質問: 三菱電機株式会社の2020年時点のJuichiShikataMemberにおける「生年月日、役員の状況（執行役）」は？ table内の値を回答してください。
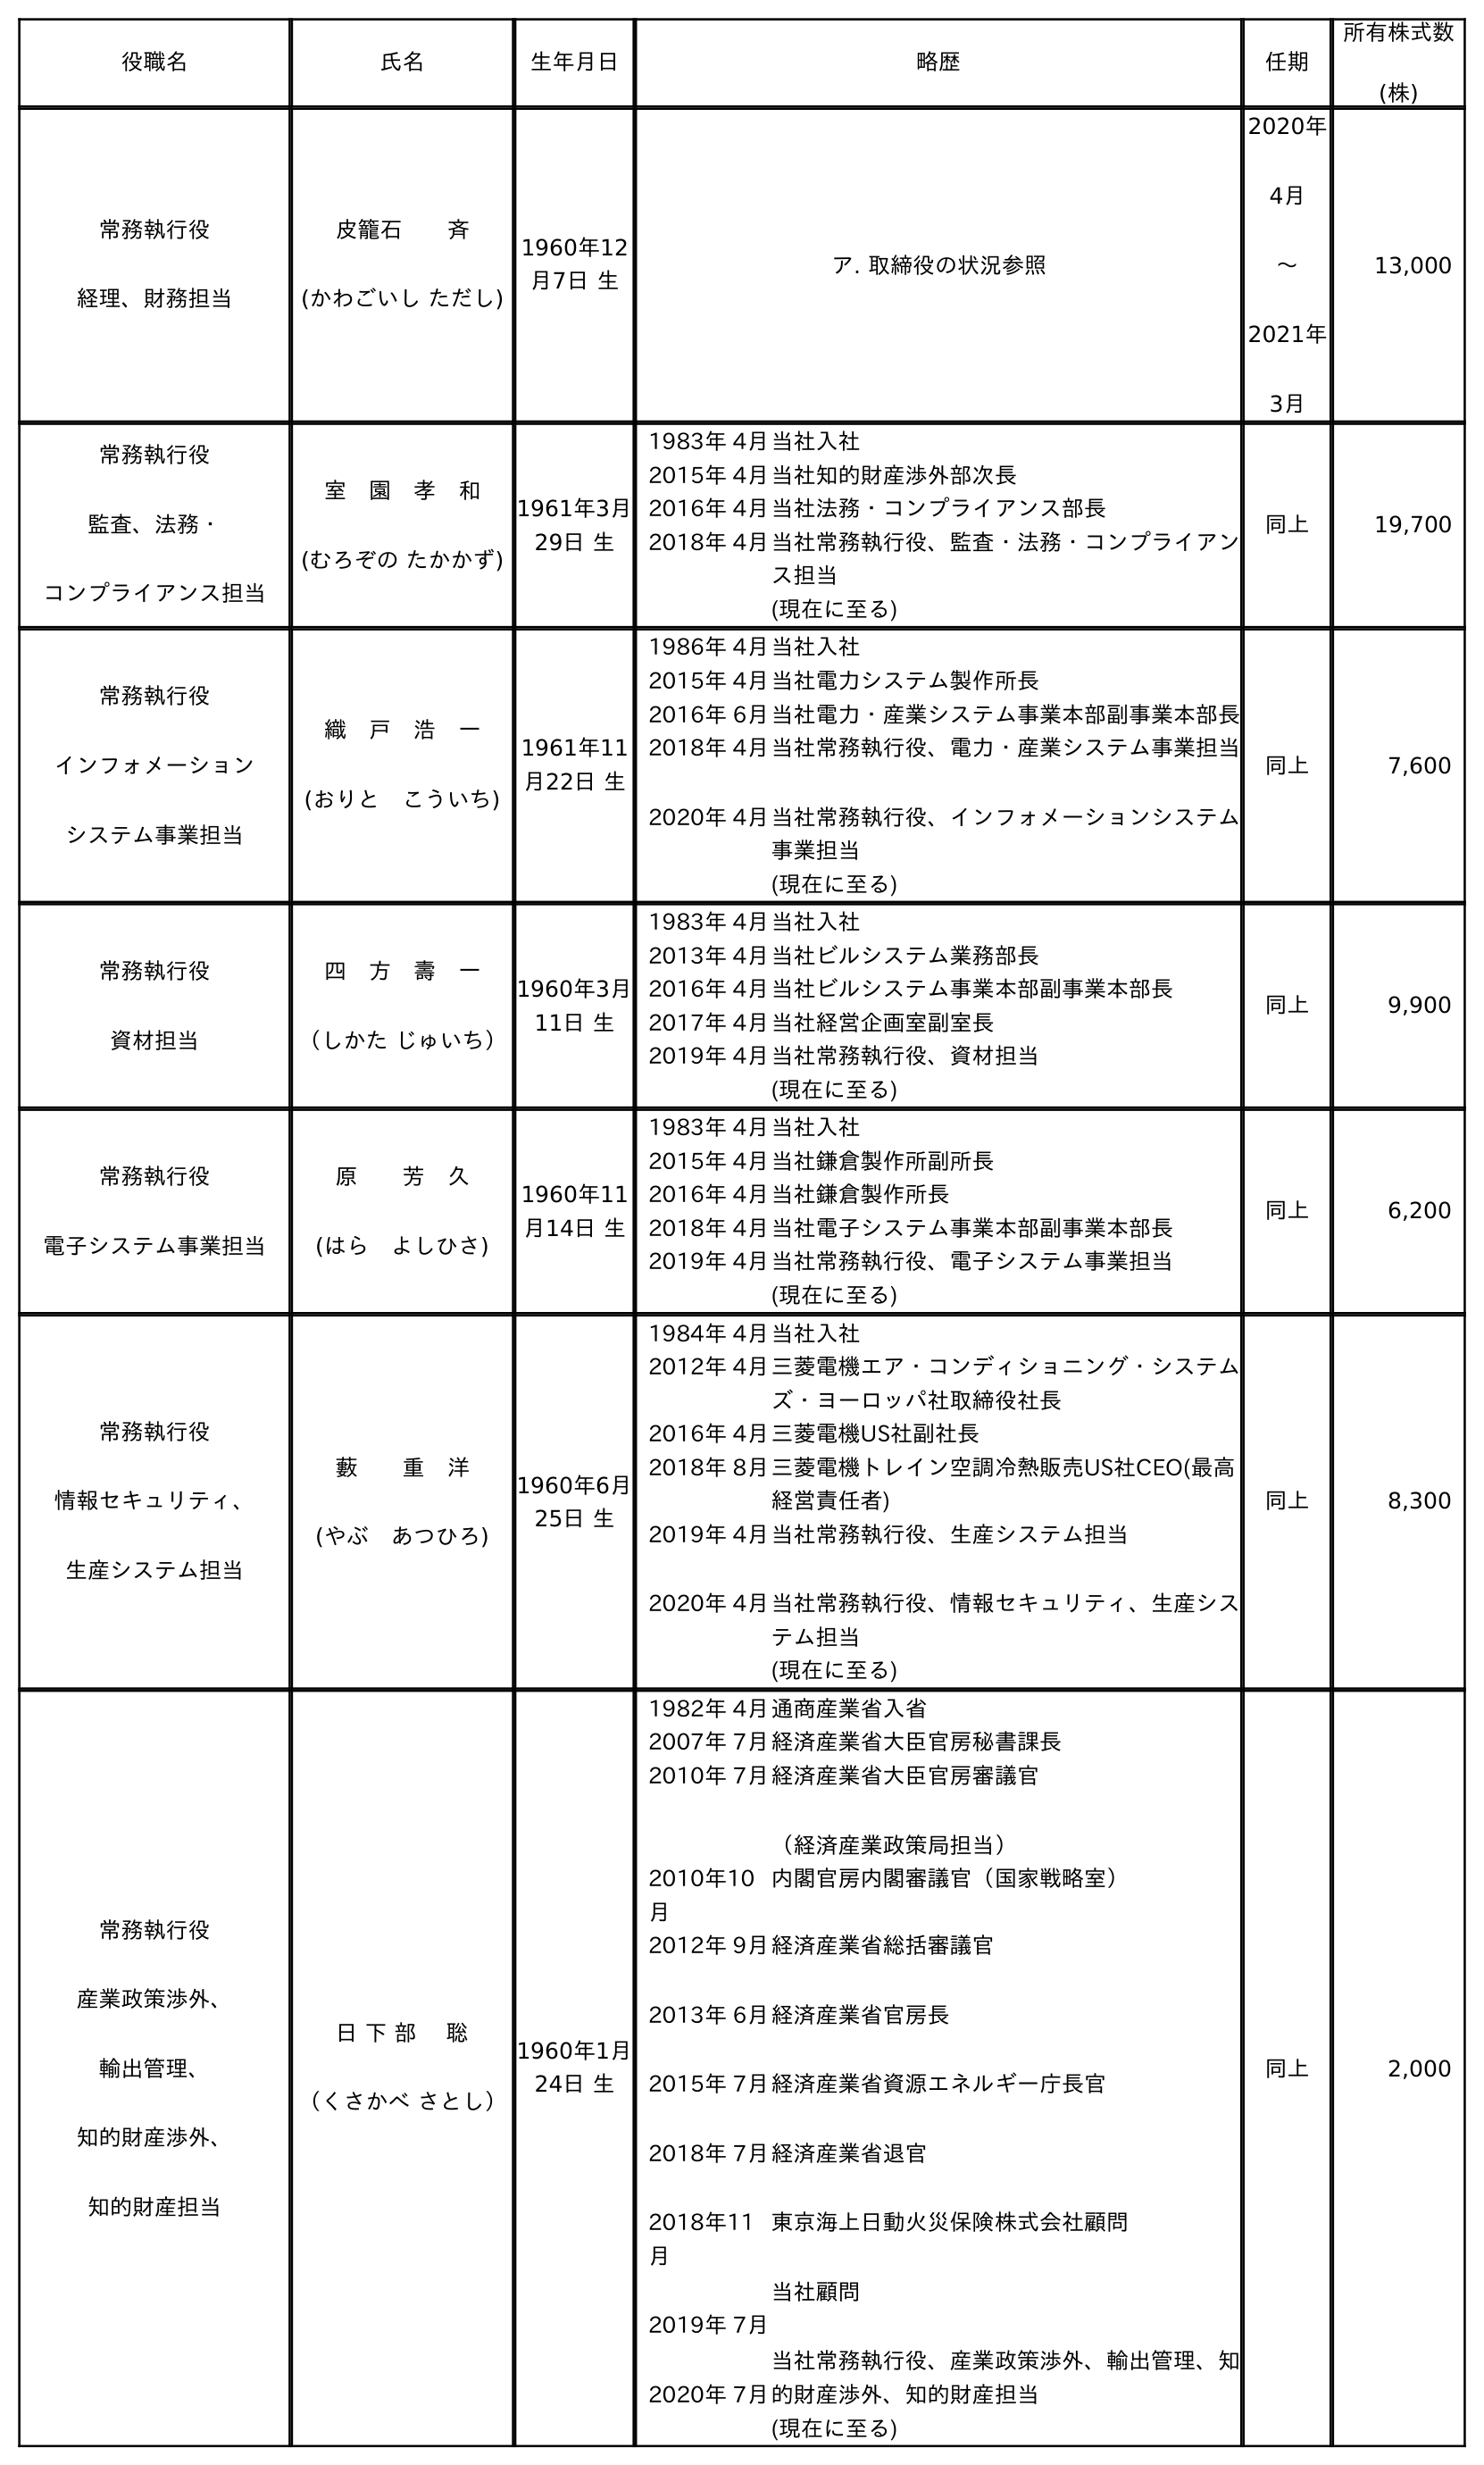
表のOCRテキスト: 役職名 氏名 生年月日 略歴 任期 所有株式数 (株) 常務執行役 経理、財務担当 皮籠石  斉 (かわごいし ただし) 1960年12 月7日 生 ア. 取締役の状況参照 2020年 4月 〜 2021年 3月 13,000 常務執行役 監査、法務・ コンプライアンス担当 室 園 孝 和 (むろぞの たかかず) 1961年3月 29日 生 1983年 4月当社入社 2015年 4月当社知的財産渉外部次長 2016年 4月当社法務・コンプライアンス部長 2018年 4月当社常務執行役、監査・法務・コンプライアン ス担当 (現在に至る) 同上 19,700 常務執行役 インフォメーション システム事業担当 織 戶 浩 一 (おりと こういち) 1961年11 月22日 生 1986年 4月当社入社 2015年 4月当社電力システム製作所長 2016年 6月当社電力・産業システム事業本部副事業本部長 2018年 4月 2020年 4月 当社常務執行役、電力・産業システム事業担当 当社常務執行役、インフォメーションシステム 事業担当 (現在に至る) 同上 7,600 常務執行役 資材担当 四 方 壽 一 （しかた じゅいち） 1960年3月 11日 生 1983年 4月当社入社 2013年 4月当社ビルシステム業務部長 2016年 4月当社ビルシステム事業本部副事業本部長 2017年 4月当社経営企画室副室長 2019年 4月当社常務執行役、資材担当 (現在に至る) 同上 9,900 常務執行役 電子システム事業担当 原  芳 久 (はら よしひさ) 1960年11 月14日 生 1983年 4月当社入社 2015年 4月当社鎌倉製作所副所長 2016年 4月当社鎌倉製作所長 2018年 4月当社電子システム事業本部副事業本部長 2019年 4月当社常務執行役、電子システム事業担当 (現在に至る) 同上 6,200 常務執行役 情報セキュリティ、 生産システム担当 藪  重 洋 (やぶ あつひろ) 1960年6月 25日 生 1984年 4月当社入社 2012年 4月三菱電機エア・コンディショニング・システム ズ・ヨーロッパ社取締役社長 2016年 4月三菱電機US社副社長 2018年 8月三菱電機トレイン空調冷熱販売US社CEO(最高 経営責任者) 2019年 4月 2020年 4月 当社常務執行役、生産システム担当 当社常務執行役、情報セキュリティ、生産シス テム担当 (現在に至る) 同上 8,300 常務執行役 産業政策渉外、 輸出管理、 知的財産渉外、 知的財産担当 日 下 部  聡 （くさかべ さとし） 1960年1月 24日 生 1982年 4月通商産業省入省 2007年 7月経済産業省大臣官房秘書課長 2010年 7月経済産業省大臣官房審議官 （経済産業政策局担当） 2010年10 月 内閣官房内閣審議官（国家戦略室） 2012年 9月 2013年 6月 2015年 7月 2018年 7月 2018年11 月 2019年 7月 2020年 7月 経済産業省総括審議官 経済産業省官房長 経済産業省資源エネルギー庁長官 経済産業省退官 東京海上日動火災保険株式会社顧問 当社顧問 当社常務執行役、産業政策渉外、輸出管理、知 的財産渉外、知的財産担当 (現在に至る) 同上 2,000
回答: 1960年3月11日生